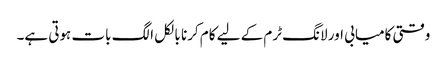
وقتی کامیابی اور لانگ ٹرم کے لیے کام کرنا بالکل الگ بات ہوتی ہے۔